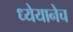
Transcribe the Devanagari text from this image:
ध्येयानेच